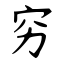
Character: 穷